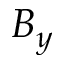
B _ { y }